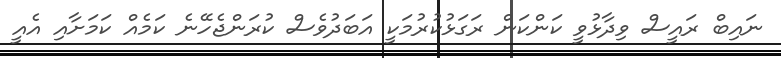
ނައިބް ރައީސް ވިދާޅުވީ ކަންކަން ރަގަޅުކުރުމަކީ އަބަދުވެސް ކުރަންޖެހޭނެ ކަމެއް ކަމަށާއި އެއީ